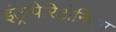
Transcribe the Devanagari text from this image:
इंट्रापेरिटोनियम